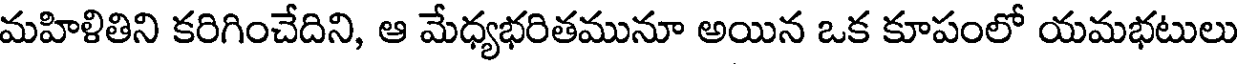
మహిళితిని కరిగించేదిని, ఆ మేధ్యభరితమునూ అయిన ఒక కూపంలో యమభటులు